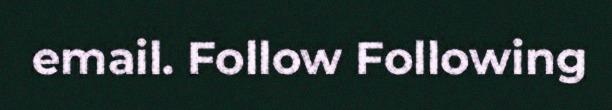
email. Follow Following